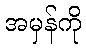
အမှန်ကို